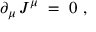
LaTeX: \partial _ { \mu } \, J ^ { \mu } \; = \; 0 ~ ,